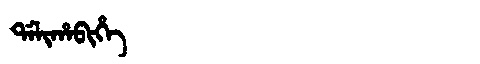
Manchu: ᡩᠠᠯᡳᡥᠠᠪᡳᡥᡝ
Romanization: DALIHABIHE